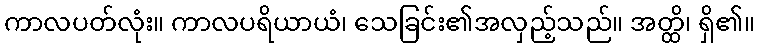
ကာလပတ်လုံး။ ကာလပရိယာယံ၊ သေခြင်း၏အလှည့်သည်။ အတ္ထိ၊ ရှိ၏။